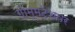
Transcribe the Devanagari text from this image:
गोम्मटेशवर